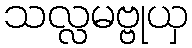
သလ္လမဗ္ဗုယှ